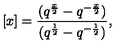
[ x ] = { \frac { ( q ^ { \frac x 2 } - q ^ { - \frac x 2 } ) } { ( q ^ { \frac 1 2 } - q ^ { - \frac 1 2 } ) } } ,